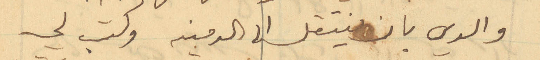
والدي بان ينتقل الى الدمينه وكتب لي